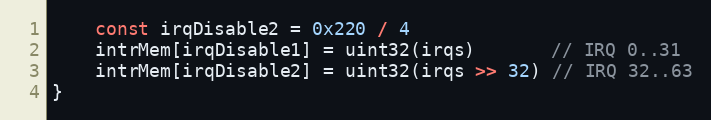
Language: Go
	const irqDisable2 = 0x220 / 4
	intrMem[irqDisable1] = uint32(irqs)       // IRQ 0..31
	intrMem[irqDisable2] = uint32(irqs >> 32) // IRQ 32..63
}